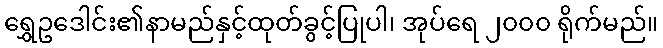
ရွှေဥဒေါင်း၏နာမည်နှင့်ထုတ်ခွင့်ပြုပါ၊ အုပ်ရေ ၂၀၀၀ ရိုက်မည်။